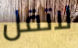
لاتقل